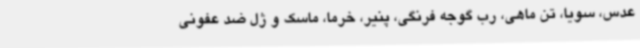
عدس، سویا، تن ماهی، رب گوجه فرنگی، پنیر، خرما، ماسک و ژل ضد عفونی